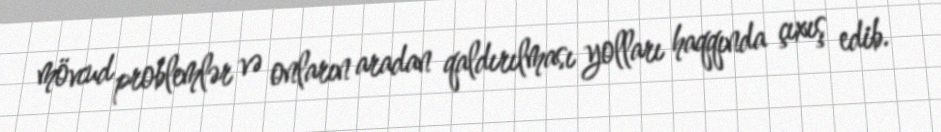
mövcud problemlər və onların aradan qaldırılması yolları haqqında çıxış edib.